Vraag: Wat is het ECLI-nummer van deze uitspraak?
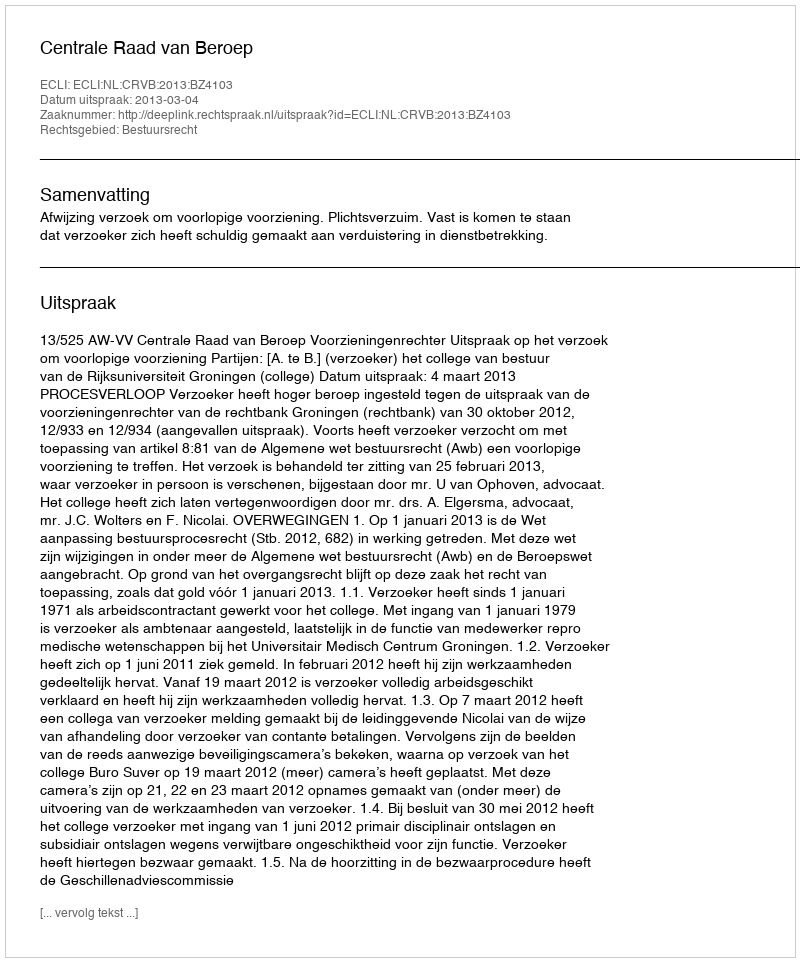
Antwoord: ECLI:NL:CRVB:2013:BZ4103